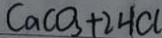
C a C O _ { 3 } + 2 H C l